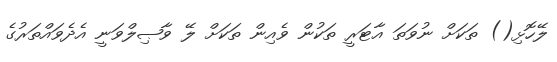
ލޭހޮޅި() ތަކަށް ނުވަތަ އާޓަރީ ތަކުން ވެއިން ތަކަށް ލޭ ވާޞިލްވަނީ އެދެވައްތަރުގެ